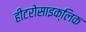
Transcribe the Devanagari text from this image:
हीटरोसाइक्लिक